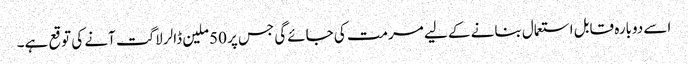
اسے دوبارہ قابل استعمال بنانے کے لیے مرمت کی جائےگی جس پر 50ملین ڈالر لاگت آنے کی توقع ہے۔